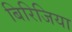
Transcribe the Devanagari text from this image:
बिरिजिया